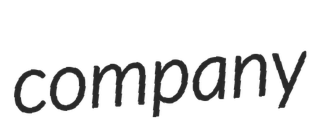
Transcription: company